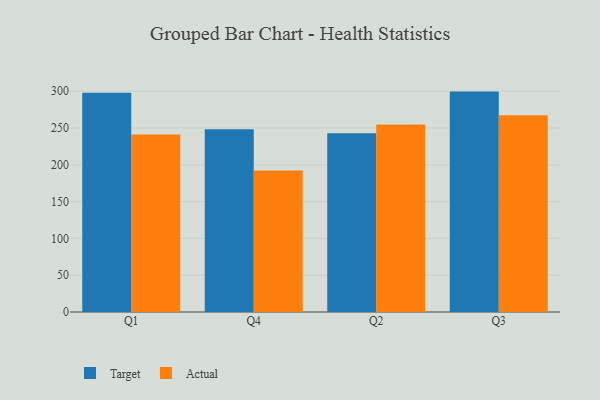
{"axis": {"x": "Quarter", "y": "Conversion Rate (%)"}, "legend": ["Actual", "Target"], "data": [{"x": "Q1", "y": 297.9, "type": "Target"}, {"x": "Q1", "y": 241.2, "type": "Actual"}, {"x": "Q4", "y": 248.2, "type": "Target"}, {"x": "Q4", "y": 192.4, "type": "Actual"}, {"x": "Q2", "y": 243.0, "type": "Target"}, {"x": "Q2", "y": 254.9, "type": "Actual"}, {"x": "Q3", "y": 299.5, "type": "Target"}, {"x": "Q3", "y": 267.2, "type": "Actual"}]}